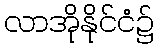
လာအိုနိုင်ငံ၌